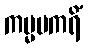
ကမ္မမကရိံ